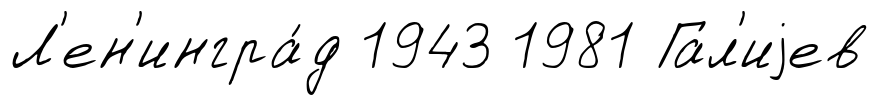
Л'ен'ингра́д 1943 1981 Гал'иjев